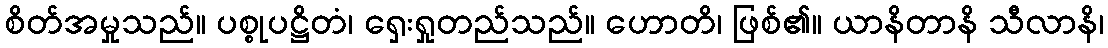
စိတ်အမှုသည်။ ပစ္စုပဋ္ဌိတံ၊ ရှေးရှုတည်သည်။ ဟောတိ၊ ဖြစ်၏။ ယာနိတာနိ သီလာနိ၊